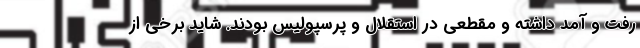
رفت و آمد داشته و مقطعی در استقلال و پرسپولیس بودند. شاید برخی از